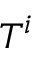
T ^ { i }